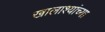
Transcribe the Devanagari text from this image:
खालाश्यांच्या